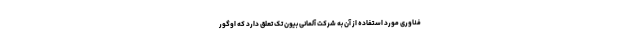
فناوری مورد استفاده از آن به شرکت آلمانی بیون تک تعلق دارد که اوگور